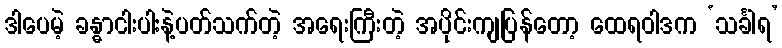
ဒါပေမဲ့ ခန္ဓာငါးပါးနဲ့ပတ်သက်တဲ့ အရေးကြီးတဲ့ အပိုင်းကျပြန်တော့ ထေရဝါဒက ‘သင်္ခါရ’